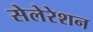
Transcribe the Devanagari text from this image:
सेलेरेशन